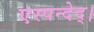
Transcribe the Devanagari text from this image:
एस्पन्देद्।